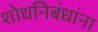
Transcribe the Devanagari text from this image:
शोधनिबंधांना